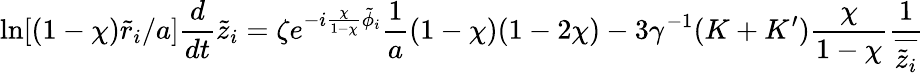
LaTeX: \ln[(1-\chi)\tilde{r}_{i}/a]\frac{d}{dt}\tilde{z}_{i}=\zeta e^{-i\frac{\chi}{1-\chi}\tilde{\phi}_{i}}\frac{1}{a}(1-\chi)(1-2\chi)-3\gamma^{-1}(K+K^{\prime})\frac{\chi}{1-\chi}\frac{1}{\overline{{\tilde{z}_{i}}}}